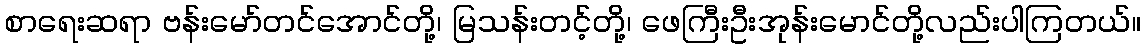
စာရေးဆရာ ဗန်းမော်တင်အောင်တို့၊ မြသန်းတင့်တို့၊ ဖေကြီးဦးအုန်းမောင်တို့လည်းပါကြတယ်။